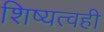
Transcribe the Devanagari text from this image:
शिष्यत्वही